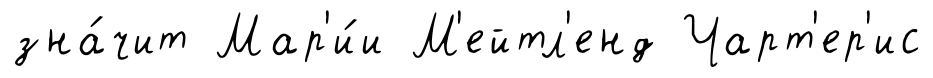
зна́чит Мар'и́и М'ейтл'енд Чарт'ер'ис